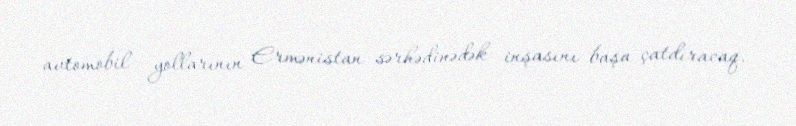
avtomobil yollarının Ermənistan sərhədinədək inşasını başa çatdıracaq.